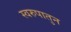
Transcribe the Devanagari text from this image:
स्वरुपातुन